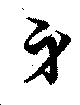
身